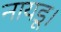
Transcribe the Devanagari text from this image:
नायडू।